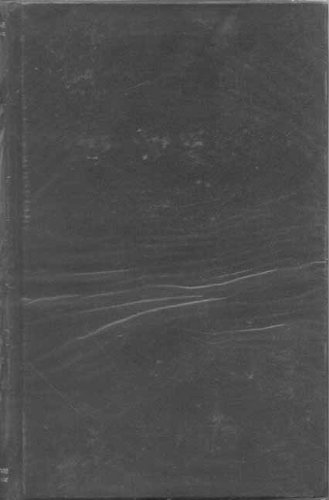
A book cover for Vedanta Sutras with the Commentary of Sankaracarya, Part 2; Badarayana; Religion & Spirituality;